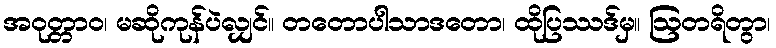
အဝုတ္တာဝ၊ မဆိုကုန်ပဲလျှင်။ တတောပါသာဒတော၊ ထိုပြဿဒ်မှ။ ဩတရိတွာ၊